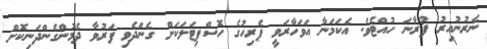
ނެރުނުއިރު ފުރާނަ ހުއްޓެވެ. އެކަމަނާ އަވަހާރަވީ ޕެރިހުގެ ހޮސްޕިޓަލަކަށް ގެންދެވި ފަރުވާ ދެމުންގެންދަނިކޮށް